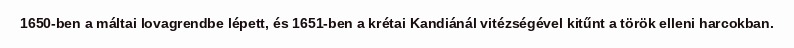
1650-ben a máltai lovagrendbe lépett, és 1651-ben a krétai Kandiánál vitézségével kitűnt a török elleni harcokban.